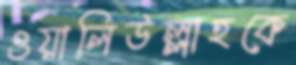
ওয়ালিউল্লাহকে